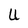
Character: U